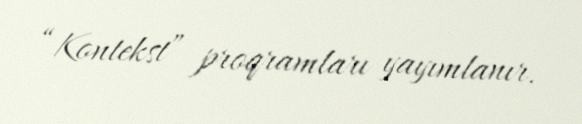
“Kontekst” proqramları yayımlanır.